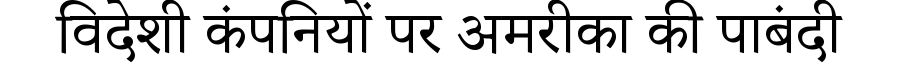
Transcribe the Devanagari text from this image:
विदेशी कंपनियों पर अमरीका की पाबंदी